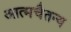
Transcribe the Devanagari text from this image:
आत्मचैतन्य